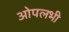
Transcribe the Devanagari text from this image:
ओपलभी